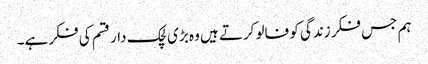
ہم جس فکر زندگی کو فالو کرتے ہیں وہ بڑی لچک دار قسم کی فکر ہے۔